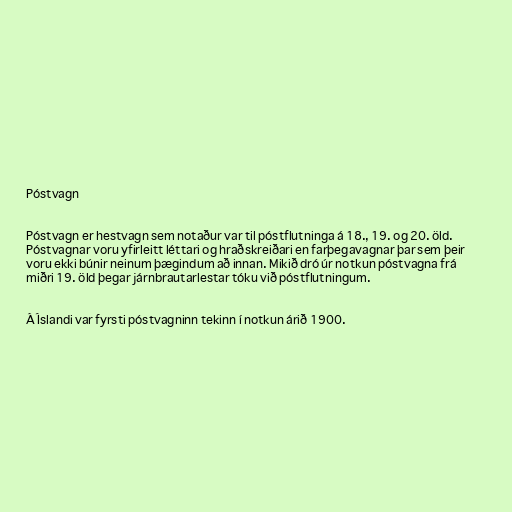
Póstvagn

Póstvagn er hestvagn sem notaður var til póstflutninga á 18., 19. og 20. öld.
Póstvagnar voru yfirleitt léttari og hraðskreiðari en farþegavagnar þar sem þeir
voru ekki búnir neinum þægindum að innan. Mikið dró úr notkun póstvagna frá
miðri 19. öld þegar járnbrautarlestar tóku við póstflutningum.

Á Íslandi var fyrsti póstvagninn tekinn í notkun árið 1900.